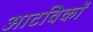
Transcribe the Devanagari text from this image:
आटविकों